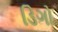
ડિગો